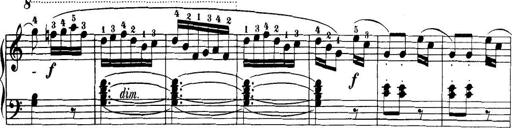
Title: 32 Sonatinas and Rondos for the Piano
Composer: Richard Kleinmichel